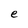
Character: e